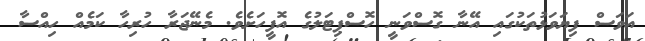
އަވަސް ފިޔަވަޅުތަކުގައި އޭނާ ގޮސްވަނީ ހޮސްޕިޓަލުގެ އޮފީހަށެވެ. މެނޭޖަރާ ހުރިހާ ކަމެއް ހިއްސާ